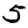
Digit: 5